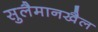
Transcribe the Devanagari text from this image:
सुलैमानखैल